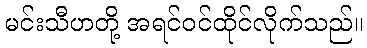
မင်းသီဟတို့ အရင်ဝင်ထိုင်လိုက်သည်။